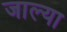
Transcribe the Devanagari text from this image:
जाल्या